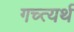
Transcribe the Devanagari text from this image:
गच्त्यर्थ